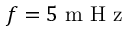
f = 5 \mathrm { ~ m ~ H ~ z ~ }